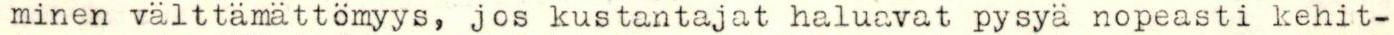
minen välttämättömyys, jos kustantajat haluavat pysyä nopeasti kehit-